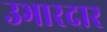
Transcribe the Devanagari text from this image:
उभारदार